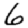
Digit: 6